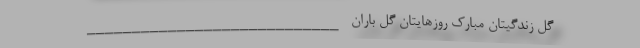
گل زندگیتان مبارک روزهایتان گل باران ____________________________